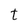
Character: t